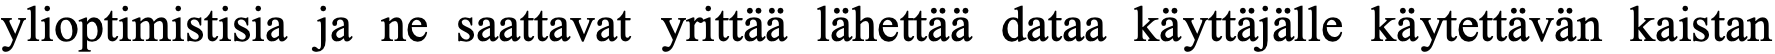
ylioptimistisia ja ne saattavat yrittää lähettää dataa käyttäjälle käytettävän kaistan